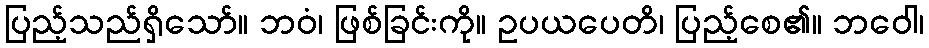
ပြည့်သည်ရှိသော်။ ဘဝံ၊ ဖြစ်ခြင်းကို။ ဥပယပေတိ၊ ပြည့်စေ၏။ ဘဝေါ၊